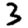
Digit: 3